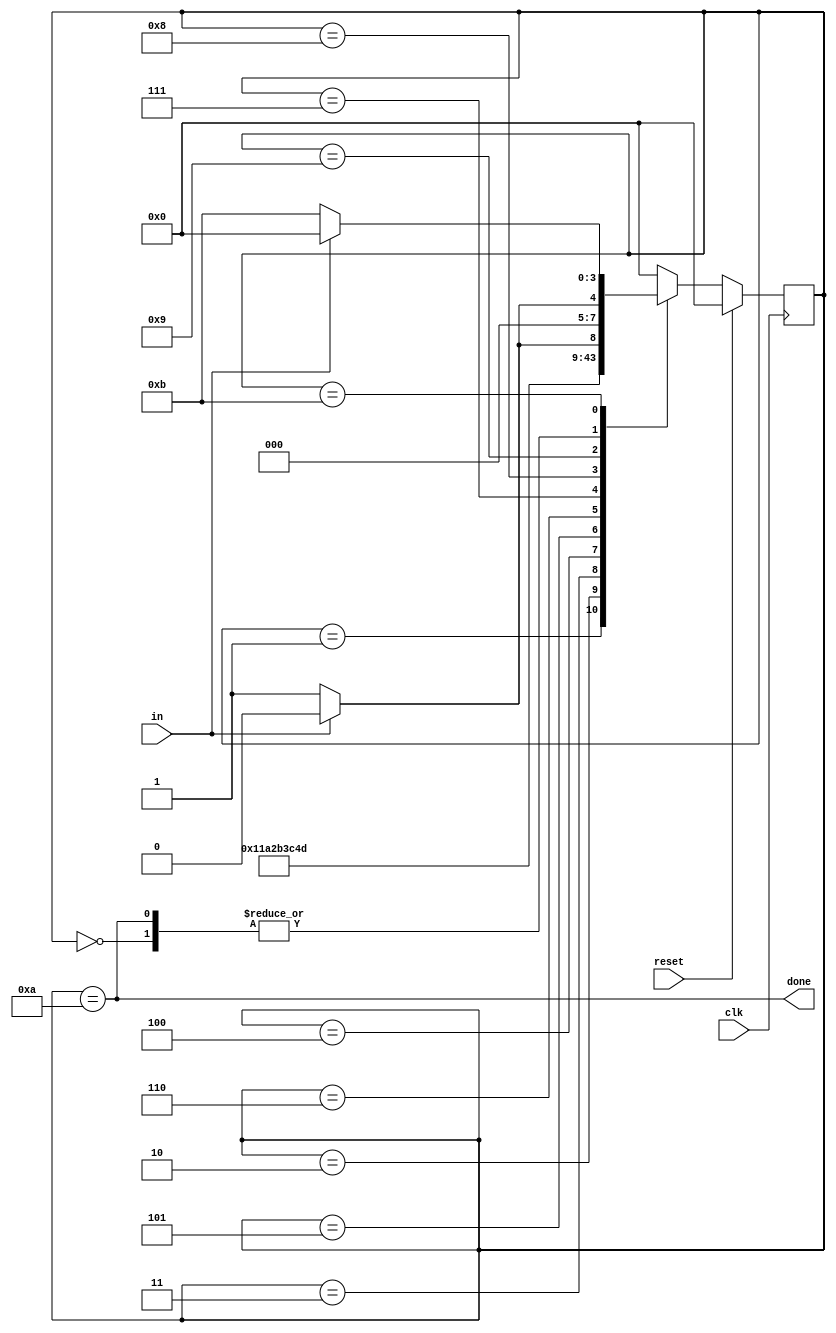
/*In many (older) serial communications protocols, each data byte is sent along with a start bit and a stop bit, to help the receiver delimit bytes from the stream of bits. One common scheme is to use one start bit (0), 8 data bits, and 1 stop bit (1). The line is also at logic 1 when nothing is being transmitted (idle).

Design a finite state machine that will identify when bytes have been correctly received when given a stream of bits. It needs to identify the start bit, wait for all 8 data bits, then verify that the stop bit was correct. If the stop bit does not appear when expected, the FSM must wait until it finds a stop bit before attempting to receive the next byte.*/
module top_module(
    input clk,
    input in,
    input reset,    // Synchronous reset
    output done
); 
    parameter [3:0] IDLE  = 4'd0;
    parameter [3:0] START = 4'd1;
    parameter [3:0] BIT1  = 4'd2;
    parameter [3:0] BIT2  = 4'd3;
    parameter [3:0] BIT3  = 4'd4;
    parameter [3:0] BIT4  = 4'd5;
    parameter [3:0] BIT5  = 4'd6;
    parameter [3:0] BIT6  = 4'd7;
    parameter [3:0] BIT7  = 4'd8;
    parameter [3:0] BIT8  = 4'd9;
    parameter [3:0] STOP  = 4'd10;
    parameter [3:0] ERROR  = 4'd11;
    reg [3:0] state,nstate;
    
    always @(posedge clk)begin
        if(reset)begin
            state <= IDLE;
        end
        else begin
           state <= nstate; 
        end
    end
    
    always @(*)begin
       nstate = IDLE;
        case(state)
            IDLE: nstate = in? IDLE:START;
            START:nstate = BIT1;
            BIT1: nstate = BIT2;
            BIT2: nstate = BIT3;
            BIT3: nstate = BIT4;
            BIT4: nstate = BIT5;
            BIT5: nstate = BIT6;
            BIT6: nstate = BIT7;
            BIT7: nstate = BIT8;
            BIT8: nstate = in? STOP:ERROR;
            STOP: nstate = in? IDLE:START;
            ERROR: nstate = in? IDLE:ERROR;
            default: nstate = IDLE;
        endcase
    end
    
    assign done = (state == STOP);
endmodule